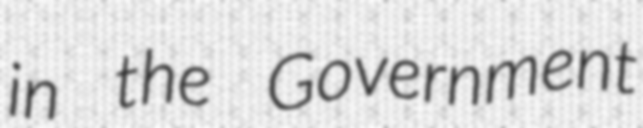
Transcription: in the Government